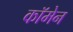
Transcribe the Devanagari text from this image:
कॉमेन